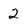
Character: 2